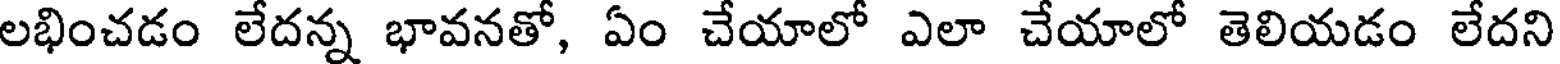
లభించడం లేదన్న భావనతో, ఏం చేయాలో ఎలా చేయాలో తెలియడం లేదని